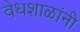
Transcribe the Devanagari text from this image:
वेधशाळांनी